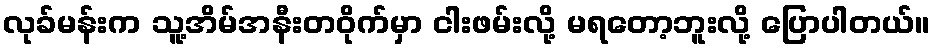
လုခ်မန်းက သူ့အိမ်အနီးတဝိုက်မှာ ငါးဖမ်းလို့ မရတော့ဘူးလို့ ပြောပါတယ်။